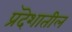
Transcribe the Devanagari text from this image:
प्रदॆशातील